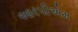
આરપીએમ